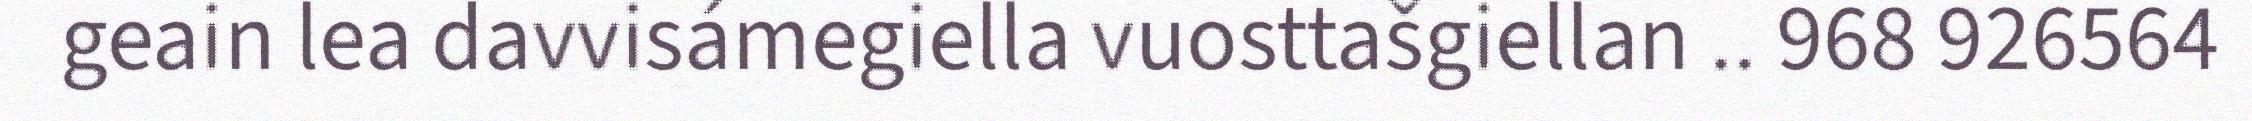
geain lea davvisámegiella vuosttašgiellan .. 968 926564